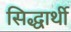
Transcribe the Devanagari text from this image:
सिद्धार्थी